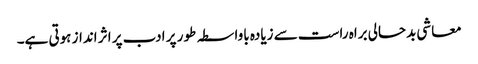
معاشی بدحالی براہ راست سے زیادہ باواسطہ طور پر ادب پر اثر انداز ہوتی ہے۔